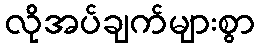
လိုအပ်ချက်များစွာ